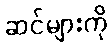
ဆင်များကို